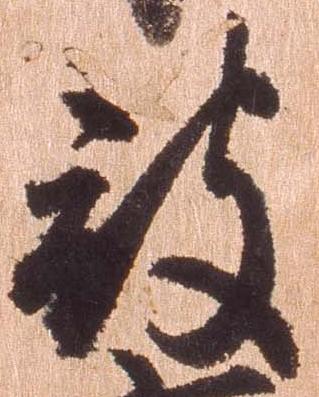
被